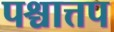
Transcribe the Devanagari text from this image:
पश्चात्तप